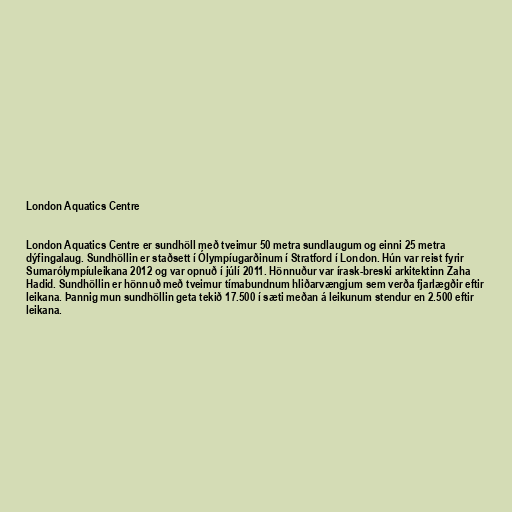
London Aquatics Centre

London Aquatics Centre er sundhöll með tveimur 50 metra sundlaugum og einni 25 metra
dýfingalaug. Sundhöllin er staðsett í Ólympíugarðinum í Stratford í London. Hún var reist fyrir
Sumarólympíuleikana 2012 og var opnuð í júlí 2011. Hönnuður var írask-breski arkitektinn Zaha
Hadid. Sundhöllin er hönnuð með tveimur tímabundnum hliðarvængjum sem verða fjarlægðir eftir
leikana. Þannig mun sundhöllin geta tekið 17.500 í sæti meðan á leikunum stendur en 2.500 eftir
leikana.